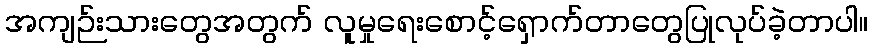
အကျဉ်းသားတွေအတွက် လူမှုရေးစောင့်ရှောက်တာတွေပြုလုပ်ခဲ့တာပါ။